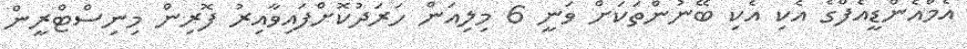
އެމްއެންޑީއެފްގެ އެކި އެކި ބޭނުންތަކަށް ވަނީ 6 މިލިއަން ހަރަދުކޮށްފައިވާއިރު ފޮރިން މިނިސްޓްރީން